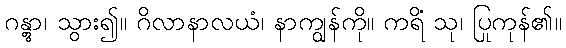
ဂန္တွာ၊ သွား၍။ ဂိလာနာလယံ၊ နာကျွန်ကို။ ကရိံ သု၊ ပြုကုန်၏။